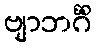
ဗျာဘင်္ဂိံ